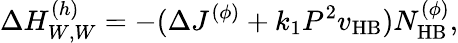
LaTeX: \Delta H_{W,W}^{(h)}=-(\Delta J^{(\phi)}+k_{1}P^{2}v_{\mathrm{HB}})N_{\mathrm{HB}}^{(\phi)},